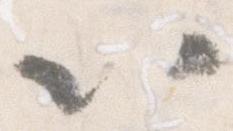
以